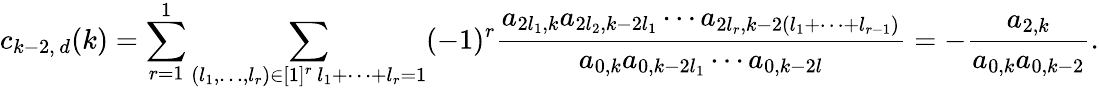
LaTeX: c_{k-2,\, d}(k)=\sum_{r=1}^{1}\sum_{\substack{(l_{1},\ldots,l_{r})\in[1]^{r}\, l_{1}+\cdots+l_{r}=1}}(-1)^{r}\frac{a_{2l_{1},k}a_{2l_{2},k-2l_{1}}\cdots a_{2l_{r},k-2(l_{1}+\cdots+l_{r-1})}}{a_{0,k}a_{0,k-2l_{1}}\cdots a_{0,k-2l}}=-\frac{a_{2,k}}{a_{0,k}a_{0,k-2}}.